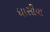
ધાસીયા